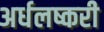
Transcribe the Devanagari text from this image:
अर्धलष्करी